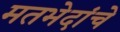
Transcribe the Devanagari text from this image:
मतभेदांचे